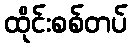
ထိုင်းစစ်တပ်